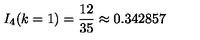
I _ { 4 } ( k = 1 ) = \frac { 1 2 } { 3 5 } \approx 0 . 3 4 2 8 5 7